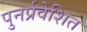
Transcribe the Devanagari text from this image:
पुनर्प्रवेशित